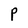
Character: P